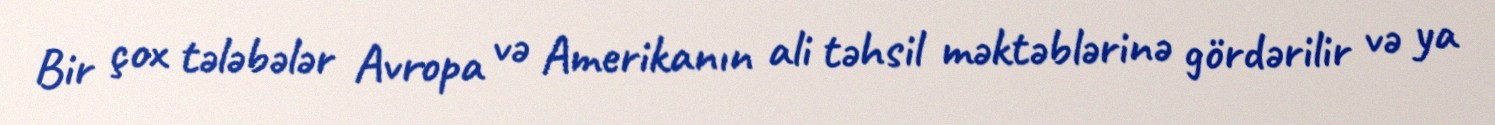
Bir çox tələbələr Avropa və Amerikanın ali təhsil məktəblərinə gördərilir və ya